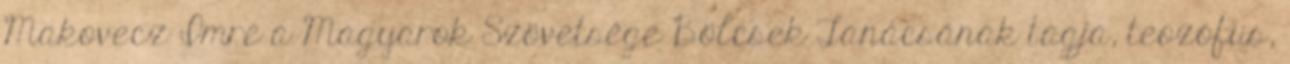
Makovecz Imre a Magyarok Szövetsége Bölcsek Tanácsának tagja, teozófus,